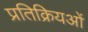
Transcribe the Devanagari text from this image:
प्रतिक्रियओं